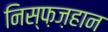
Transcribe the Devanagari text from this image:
निस्फ़ज़हान